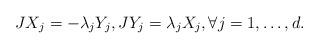
LaTeX: \begin{align*}J X_j = - \lambda_j Y_j, J Y_j = \lambda_j X_j, \forall j=1,\ldots,d.\end{align*}